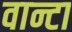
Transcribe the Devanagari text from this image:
वान्टा